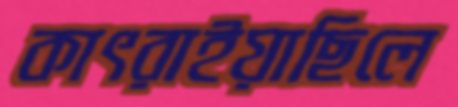
কাৎরাইয়াছিলে